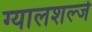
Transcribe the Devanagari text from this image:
ग्यालशल्जे